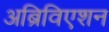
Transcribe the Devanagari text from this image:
अब्रिविएशन